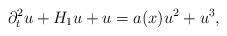
LaTeX: \begin{align*} \partial_t^2 u + H_1 u + u = a(x) u^2 + u^3, \end{align*}